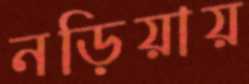
নড়িয়ায়